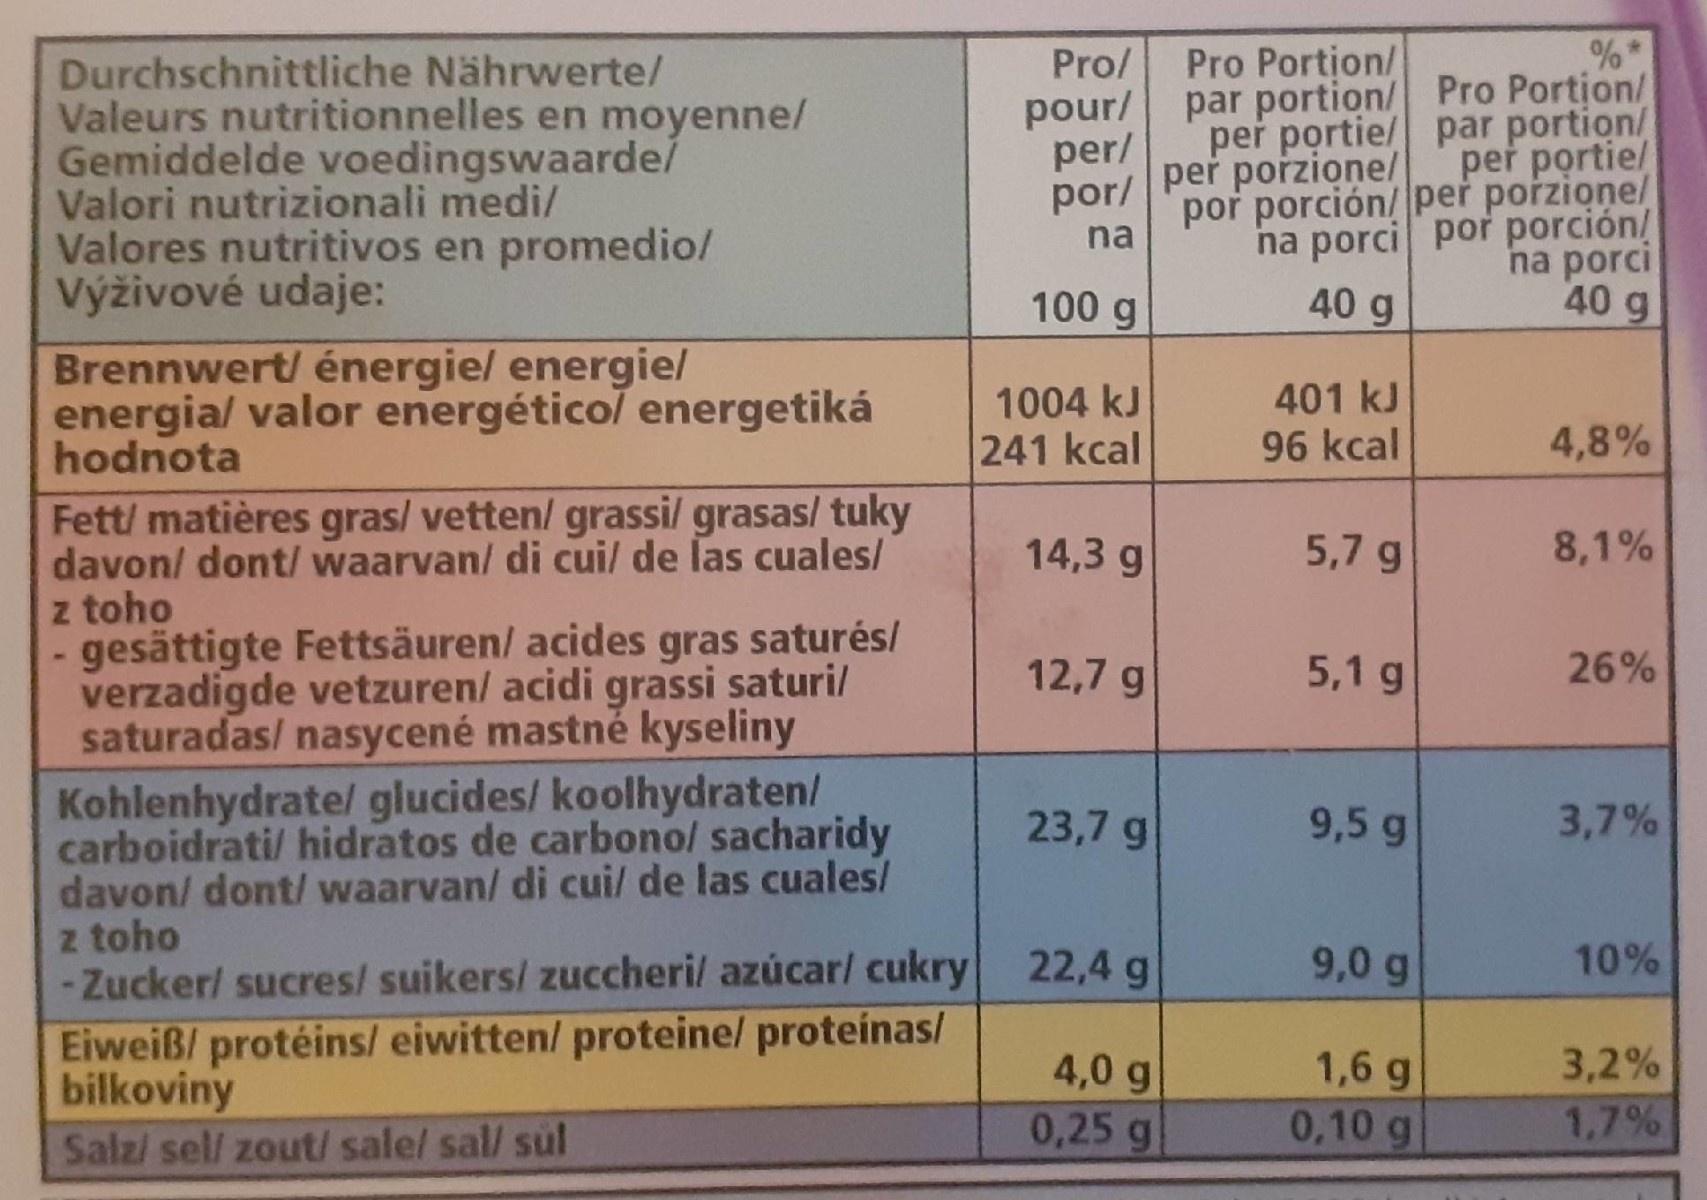
Pro/
Pro Portion/
Durchschnittliche Nährwerte/ Valeurs nutritionnelles en moyenne/ Gemiddelde voedingswaardel Valori nutrizionali medi/ Valores nutritivos en promedio/ Výživové udaje:
pour/ per/ por/ per porzione/
per portie/ por porción/ per porzione/ na porci por porción/
par portion/ Pro Portion/ per portie/ par portion/
na
na porci 40 g
100 g
40 g
Brennwert/ énergie/ energie/
energial valor energético/ energetiká hodnota
401 kJ 96 kcal
1004 kJ
241 kcal
4,8%
Fett/ matières gras/ vetten/ grassi/ grasas/ tuky davon/ dont/ waarvan/ di cui/ de las cuales/ z toho gesättigte Fettsäuren/ acides gras saturés/ verzadigde vetzuren/ acidi grassi saturi/ saturadas/ nasycené mastné kyseliny
14,3 g
5,7 g
8,1%
12,7 g
5,1 g
26%
Kohlenhydratel glucides/ koolhydraten/ carboidrati/ hidratos de carbono/ sacharidy davon/ dont/ waarvan/ di cui/ de las cuales/ z toho -Zucker/ sucres/ suikers/ zuccheri/ azúcar/ cukry 22,4 g
23,7 g
9,5 g
3,7%
9,0 g
10%
Eiweiß/ protéins/ eiwitten/ proteine/ proteínas/ bilkoviny
4,0 g
1,6 g
3,2%
Salz/ sel/ zout/ sale/ sal/ sul
0,25 g
0,10 g
1,7%